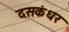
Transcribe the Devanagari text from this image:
दसकंधर